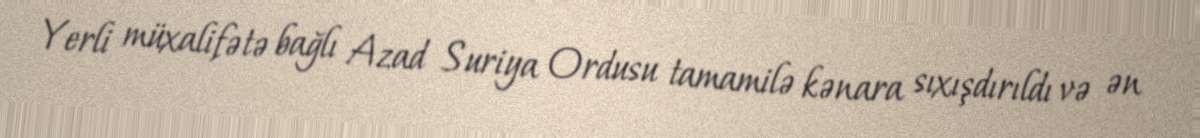
Yerli müxalifətə bağlı Azad Suriya Ordusu tamamilə kənara sıxışdırıldı və ən